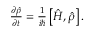
\begin{array} { r } { \frac { \partial \hat { \rho } } { \partial t } = \frac { 1 } { i \hbar } \left[ \hat { H } , \hat { \rho } \right] . } \end{array}